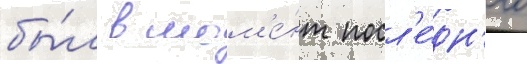
бы́л в мом'е́нт посл'е́дн'его